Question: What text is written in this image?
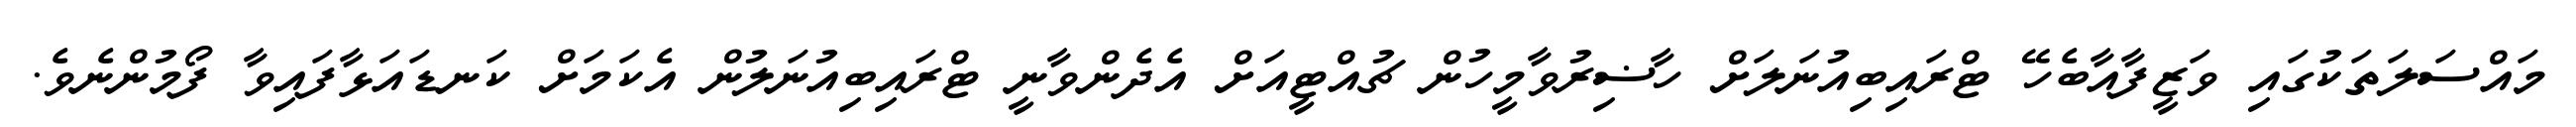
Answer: މައްސަލަތަކުގައި ވަޒީފާއާބެހޭ ޓްރައިބިއުނަލަށް ހާޟިރުވާމީހުން ޗުއްޓީއަށް އެދެންވާނީ ޓްރައިބިއުނަލުން އެކަމަށް ކަނޑައަޅާފައިވާ ފޯމުންނެވެ.